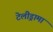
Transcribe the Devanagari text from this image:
टेलीड्रामा